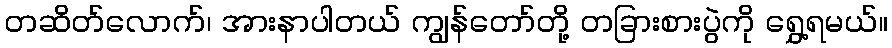
တဆိတ်လောက်၊ အားနာပါတယ် ကျွန်တော်တို့ တခြားစားပွဲကို ရွှေ့ရမယ်။